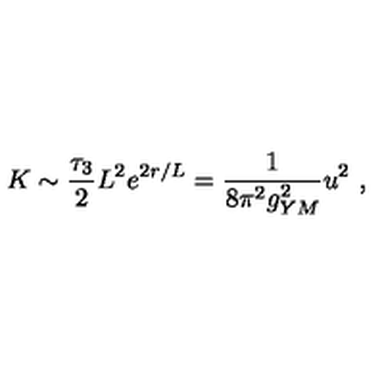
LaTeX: K \sim \frac { \tau _ { 3 } } { 2 } L ^ { 2 } e ^ { 2 r / L } = \frac { 1 } { 8 \pi ^ { 2 } g _ { Y M } ^ { 2 } } u ^ { 2 } \ ,